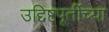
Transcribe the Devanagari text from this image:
उद्दिष्टपूर्तीच्या